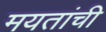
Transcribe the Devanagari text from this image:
मयतांची